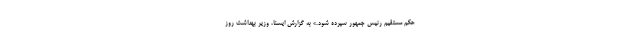
حکم مستقیم رئیس جمهور سپرده شود.» به گزارش ایسنا، وزیر بهداشت روز